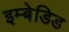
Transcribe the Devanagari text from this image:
इम्बेडिड